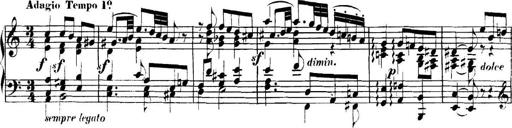
Title: Collected Piano Sonatas
Composer: Muzio Clementi